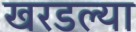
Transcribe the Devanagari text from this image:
खरडल्या